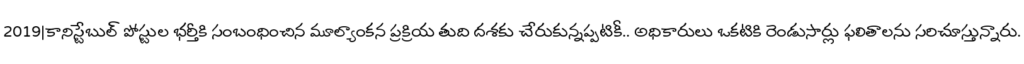
2019|కానిస్టేబుల్ పోస్టుల భర్తీకి సంబంధించిన మూల్యాంకన ప్రక్రియ తుది దశకు చేరుకున్నప్పటికీ.. అధికారులు ఒకటికి రెండుసార్లు ఫలితాలను సరిచూస్తున్నారు.